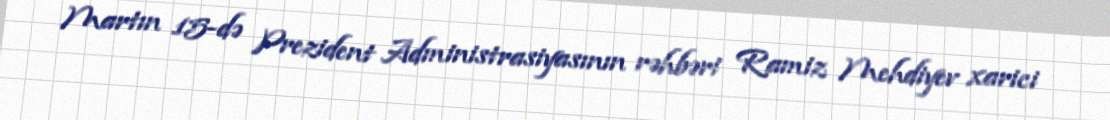
Martın 15-də Prezident Administrasiyasının rəhbəri Ramiz Mehdiyev xarici